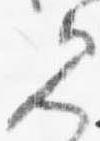
見